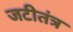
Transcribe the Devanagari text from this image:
जटीतंत्र